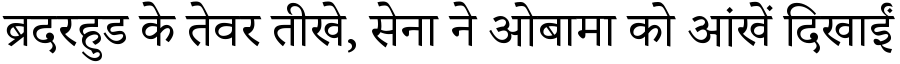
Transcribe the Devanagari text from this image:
ब्रदरहुड के तेवर तीखे, सेना ने ओबामा को आंखें दिखाईं